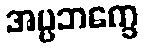
အပ္ပဘက္ခေ